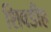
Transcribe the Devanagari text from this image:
शिवडीह